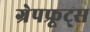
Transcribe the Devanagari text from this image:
ग्रेपफ्रूट्स